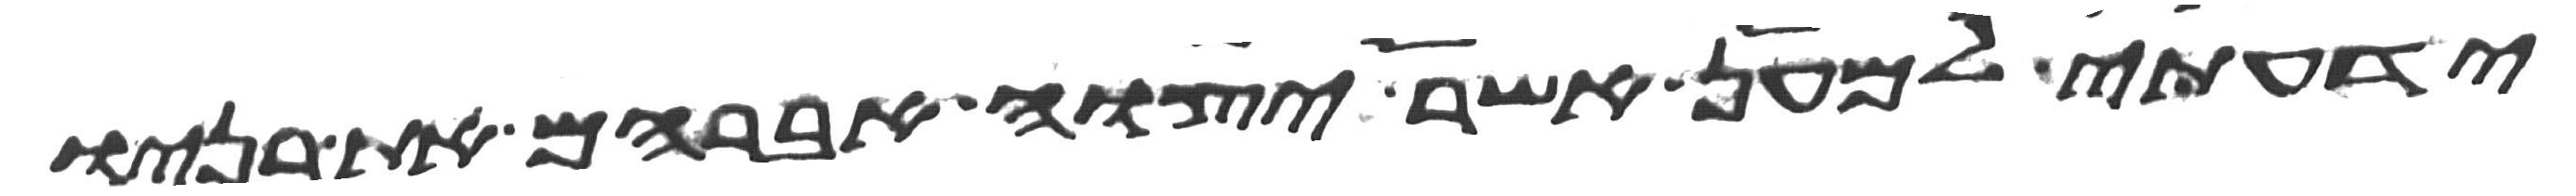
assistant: ידעתי למען אשר יצוה אברהם את בניו